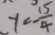
y = - \frac { 1 5 } { 4 }